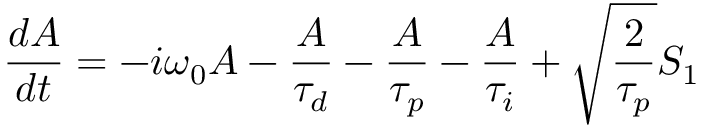
\frac { d A } { d t } = - i \omega _ { 0 } A - \frac { A } { \tau _ { d } } - \frac { A } { \tau _ { p } } - \frac { A } { \tau _ { i } } + \sqrt { \frac { 2 } { \tau _ { p } } } S _ { 1 }